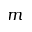
m